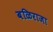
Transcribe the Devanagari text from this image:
बळिराजा